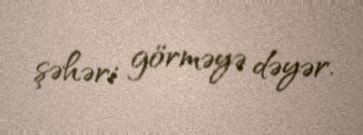
şəhəri görməyə dəyər.